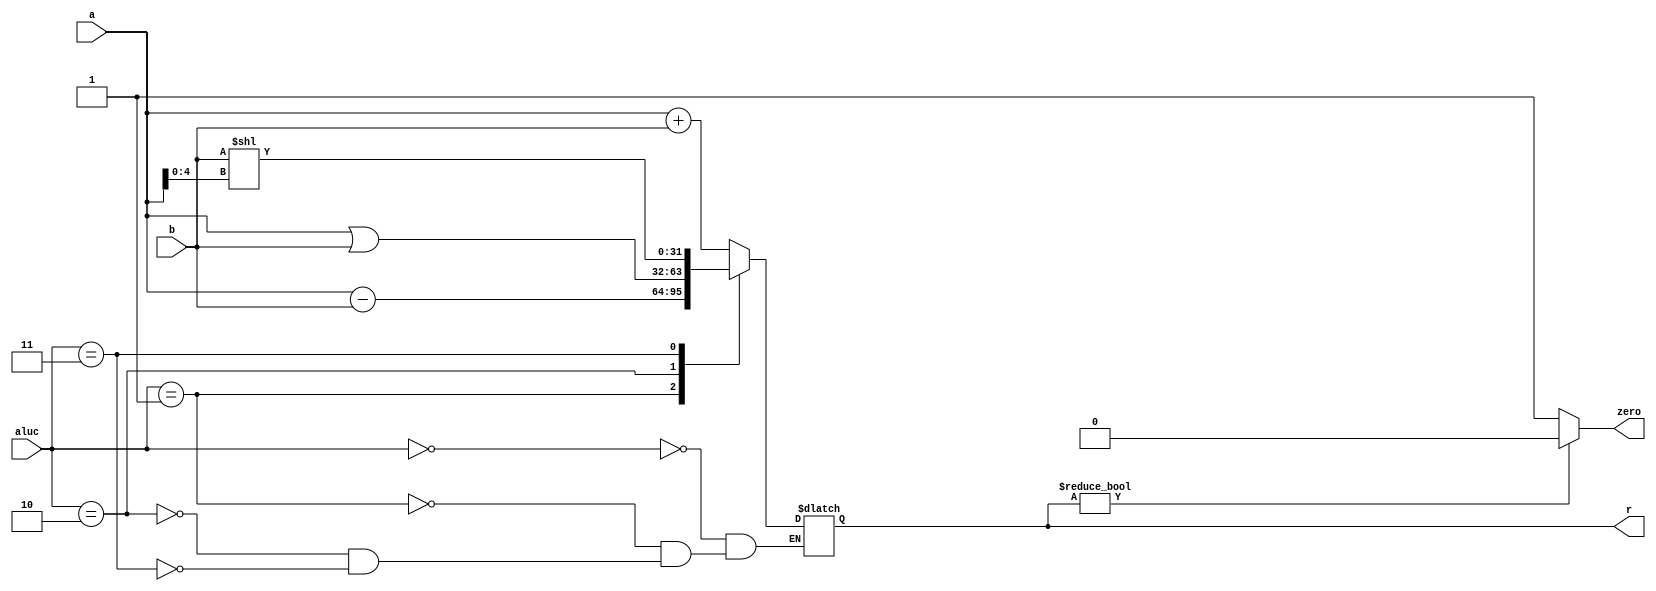
`timescale 1ns / 1ps
//////////////////////////////////////////////////////////////////////////////////
// Company: 
// Engineer: 
// 
// Design Name: 
// Module Name: alu
// Project Name: 
// Target Devices: 
// Tool Versions: 
// Description: 
// 
// Dependencies: 
// 
// Revision:
// Revision 0.01 - File Created
// Additional Comments:
// 
//////////////////////////////////////////////////////////////////////////////////


module alu(
input [31:0] a,
input [31:0] b,
input [2:0] aluc,
output [31:0] r,
output zero
    );
    
reg [31:0] r_1;

always@*
begin
  case(aluc)
  3'b000:
  r_1=a+b;
  3'b001:
  r_1=a-b;
  3'b010:
  r_1=a|b;
  3'b011:
  r_1=b<<a[4:0];
  default:;
  endcase
end

assign r=r_1;
assign zero=r?1'b0:1'b1;
endmodule